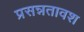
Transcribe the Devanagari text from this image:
प्रसन्नतावश